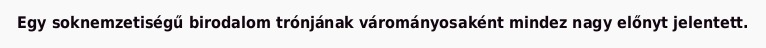
Egy soknemzetiségű birodalom trónjának várományosaként mindez nagy előnyt jelentett.